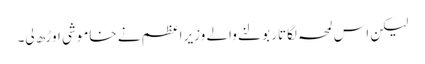
لیکن اس لمحہ لگاتار بولنے والے وزیر اعظم نے خاموشی اوڑھ لی۔